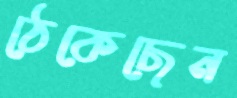
ঠেকেছেন